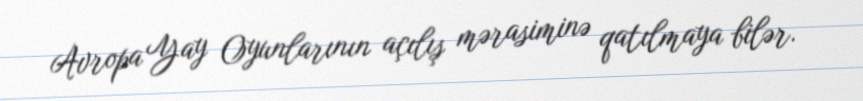
Avropa Yay Oyunlarının açılış mərasiminə qatılmaya bilər.